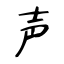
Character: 声